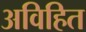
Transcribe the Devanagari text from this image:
अविहित